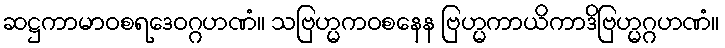
ဆဋ္ဌကာမာဝစရဒေဝဂ္ဂဟဏံ။ သဗြဟ္မကဝစနေန ဗြဟ္မကာယိကာဒိဗြဟ္မဂ္ဂဟဏံ။